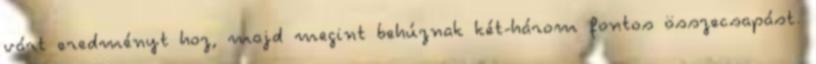
várt eredményt hoz, majd megint behúznak két-három fontos összecsapást.